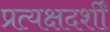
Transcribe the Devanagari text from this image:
प्रत्यक्षदर्शीं